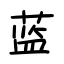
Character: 蓝